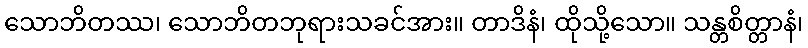
သောဘိတဿ၊ သောဘိတဘုရားသခင်အား။ တာဒိနံ၊ ထိုသို့သော။ သန္တစိတ္တာနံ၊